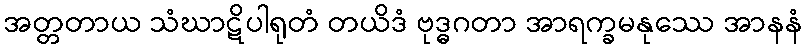
အတ္တတာယ သံဃာဋိပါရုတံ တယိဒံ ဗုဒ္ဓဂတာ အာရက္ခမနုဿေ အာနနံ